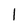
Character: 1